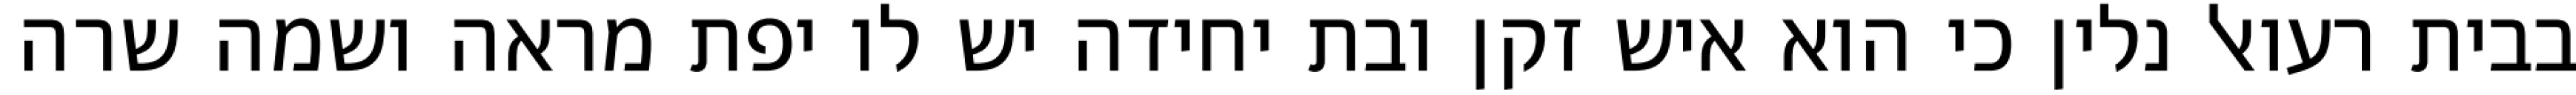
בבית רעואל נלין כי הוא איש זקן ובת יחידה יש לו יפת מראה ושמה שרה